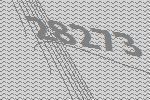
28273